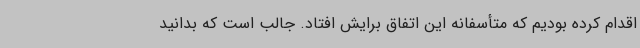
اقدام کرده بودیم که متأسفانه این اتفاق برایش افتاد. جالب است که بدانید